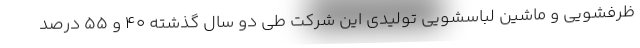
ظرفشویی و ماشین لباسشویی تولیدی این شرکت طی دو سال گذشته 40 و 55 درصد